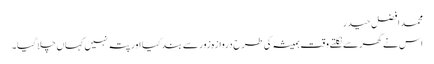
محمد افضل حیدر
اس نے گھر سے نکلتے وقت ہمیشہ کی طرح دروازہ زور سے بند کیا اور پتہ نہیں کہاں چلا گیا۔